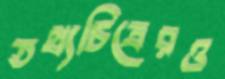
তথ্যচিত্রেরও